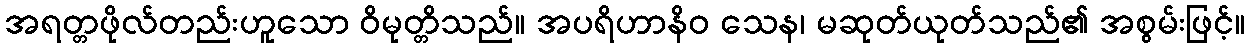
အရတ္တဖိုလ်တည်းဟူသော ဝိမုတ္တိသည်။ အပရိဟာနိဝ သေန၊ မဆုတ်ယုတ်သည်၏ အစွမ်းဖြင့်။